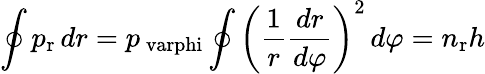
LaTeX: \oint p_{\mathrm{r}}\, dr=p_{\mathrm{\ varphi}}\oint\left({\frac{1}{r}}{\frac{dr}{d\varphi}}\right)^{2}\, d\varphi=n_{\mathrm{r}}h